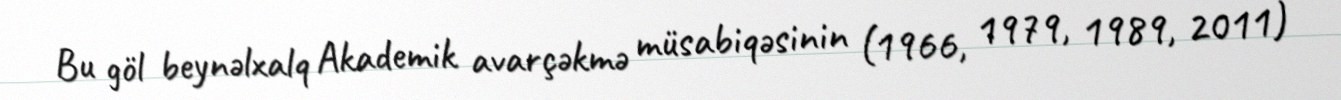
Bu göl beynəlxalq Akademik avarçəkmə müsabiqəsinin (1966, 1979, 1989, 2011)